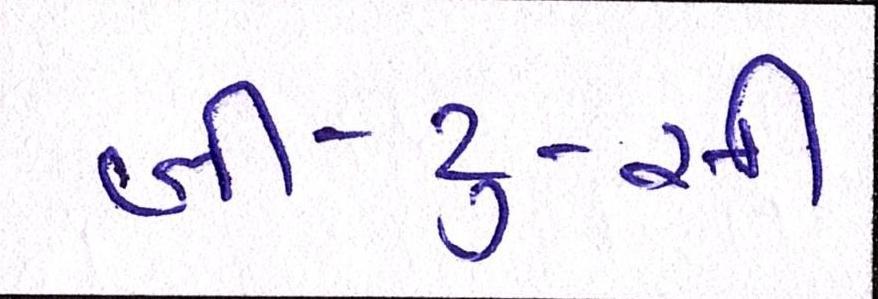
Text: બી-ટુ-સી